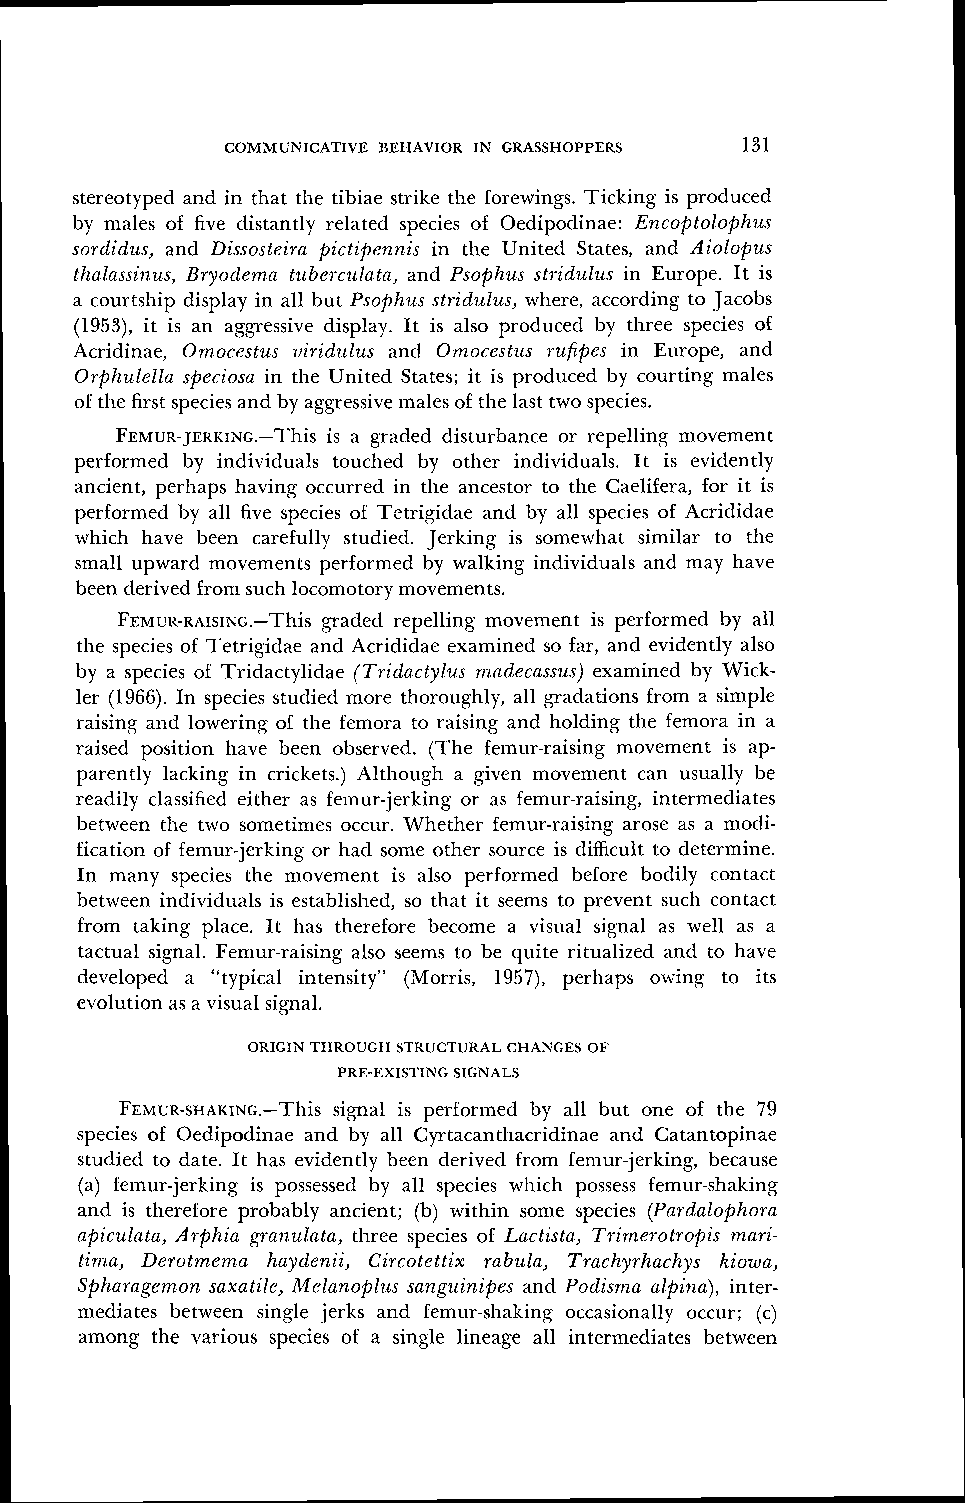
COMMUNICATIVE BEHAVIOR IN GRASSHOPPERS 131
 stereotyped and in that the tibiae strike the forewings. Ticking is produced
 by males of five distantly related species of Oedipodinae: Encoptolophus
 sordidus, and Dissosteirn pictipennis in the United States, and Aiolopus
 thnlnssinus, Bryodern,n tubel-c~~lataa,n, d Psophus ~tridulziin~ Europe. It is
 a courtship display in all but Psophzis stridtillis, where, according to Jacobs
 (1953), it is an aggressive display. It is also produced by three species of
 Acridinae, Omocestus viridz~lusa nd Ornocestzis mfipes in Europe, and
 Orphulella speciosa in the United States; it is produced by courting males
 of the first species and by aggressive males of the last two species.
 FEM~JR-JERKINGi.s- Ta ~g~ra~d ed disturbance or repelling movement
 performed by individuals touched by other individuals. It is evidently
 ancient, perhaps having occurred in the ancestor to the Caelifera, for it is
 performed by all five species of Tetrigidae and by all species of Acrididae
 which have been carefully studied. Jerking is somewhat similar to the
 small upward movements performed by walking individuals and may have
 been derived from such locomotory movements.
 FEMUR-RAISING.-Th,girsa ded repelling movenlent is performed by all
 the species of Tetrigidae and Acrididae examined so far, and evidently also
 by a species of Tridactylidae (Tridncty1,~ism ndecassus) examined by Wick-
 ler (1966). In species studied more thoroughly, all gradations from a simple
 raising and lowering of the femora to raising and holding the femora in a
 raised position have been observed. (The femur-raising movement is ap-
 parently lacking in crickets.) Although a given movement can usually be
 readily classified either as femur-jerking or as femur-raising, intermediates
 between the two sometimes occur. Whether femur-raising arose as a modi-
 fication of femur-jerking: or had some other source is difficult to determine.
 In many species the movement is also performed before bodily contact
 between individuals is established, so that it seems to prevent such contact
 from taking place. It has therefore become a visual signal as well as a
 tactual signal. Femur-raising also seems to be quite ritualizetl and to have
 developed a "typical intensity" (Morris, 1957), perhaps owing to its
 evolution as a visual signal.
 ORIGIN THROUGH STRUCTURAL CHANGES OF
 PRE-EXISTING SIGNALS
 FEMUR-SHAKING.-sTig~n~aSl is performed by all but one of the 79
 species of Oedipodinae and by all Cyrtacanthacridinae and Catantopinae
 studied to date. It lras evidently been derived from femur-jerking, because
 (a) femur-jerking is possessed by all species wllicll possess femur-shaking
 and is therefore probably ancient; (b) within some species (Pardalophora
 apiculnta, Arphia gr-anzilata, three species of Lactista, Trimerotropis rn,ari-
 tima, Derotrnema hayderzii, Circotettix rabula, Trachyrhachys kiowa,
 Spharagemon snxatile, Melanoplz~ss angz~inipesa nd Podisma alpirla), inter-
 mediates between single jerks and femur-shaking occasionally occur; (c)
 among the various species of a single lineage all intermediates between